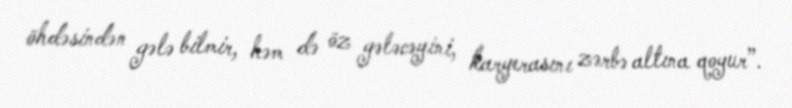
öhdəsindən gələ bilmir, həm də öz gələcəyini, karyerasını zərbə altına qoyur”.